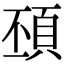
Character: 䪹